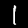
Label: 1